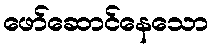
ဖော်ဆောင်နေသော